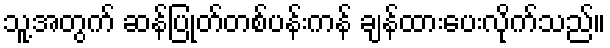
သူ့အတွက် ဆန်ပြုတ်တစ်ပန်းကန် ချန်ထားပေးလိုက်သည်။